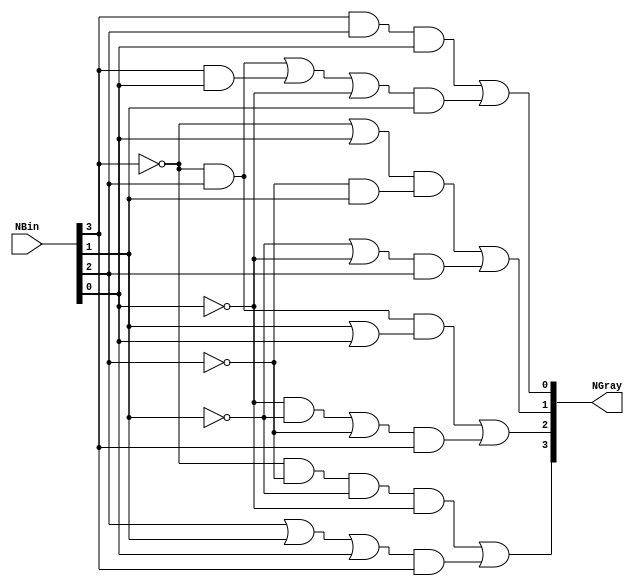
module grayenc (input [3:0]NBin,
                output [3:0]NGray);

    assign NGray[3] = (~NBin[3] & ~NBin[2] & ~NBin[1] & ~NBin[0]) | ((NBin[2] | NBin[1] | NBin[0]) & NBin[3]);
    assign NGray[2] = ((~NBin[3] & NBin[2]) & (NBin[1] | NBin[0])) | ((((~NBin[0] & ~NBin[1]) | ~NBin[2])) & NBin[3]);
    assign NGray[1] = ((~NBin[3] | NBin[0]) & (~NBin[2] & NBin[1])) | ((~NBin[1] | ~NBin[0]) & NBin[2]);
    assign NGray[0] = (NBin[3] & NBin[2] & NBin[0]) | (((~NBin[3] & NBin[2]) | (NBin[3] & NBin[0]) | ~NBin[0]) & NBin[1]);

    //always @(*)
    //begin
        // if ((~NBin[3] & ~NBin[2] & ~NBin[1] & ~NBin[0]) | ((NBin[2] | NBin[1] | NBin[0]) & NBin[3])) NGray[3] = 1;
        // else NGray[3] = 0;

        // if (((~NBin[3] & NBin[1]) & (NBin[1] | NBin[0])) | (((~NBin[0] & ~NBin[1]) | ~NBin[2])) & NBin[3]) NGray[2] = 1;
        // else NGray[2] = 0;

        // if (((~NBin[3] | NBin[0]) & (~NBin[2] & NBin[1])) | ((~NBin[1] | ~NBin[0]) & NBin[2])) NGray[1] = 1;
        // else NGray[1] = 0;

        // if ((NBin[3] & NBin[2] & NBin[0]) | (((~NBin[3] & NBin[2]) | (NBin[3] & NBin[0]) | ~NBin[0]) & NBin[1])) NGray[0] = 1;
        // else NGray[0] = 0;
   //end

endmodule